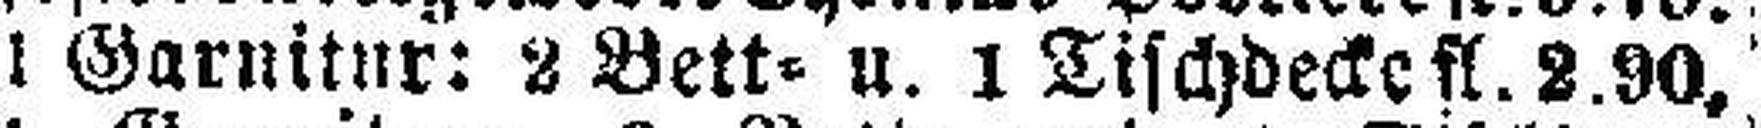
1 Garnitur: 2 Bett= u. 1 Tischdecke fl. 2.90,